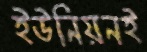
ইউনিয়নই